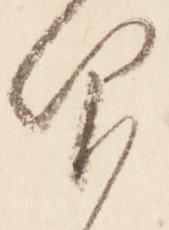
仰